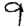
Digit: 9